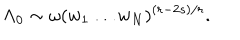
\Lambda _ { 0 } \sim \omega ( w _ { 1 } \ldots w _ { N } ) ^ { ( r - 2 s ) / r } .